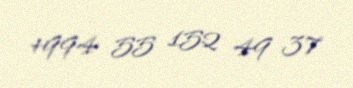
+994 55 152 49 37